King Institute of Preventive Medicine Micro-Biological Section reports 1909-11
Year: 1909
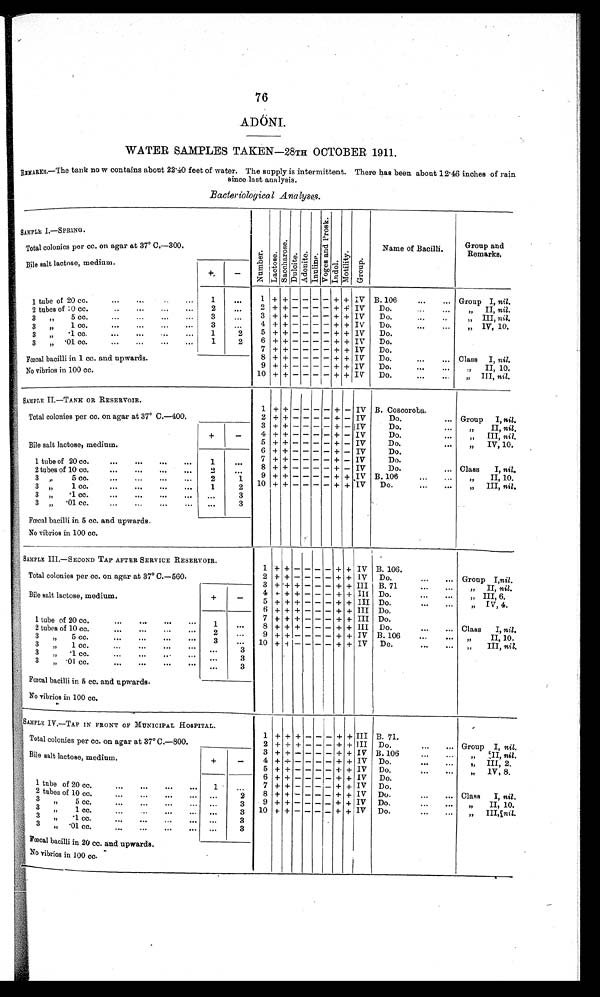
76
ADONI.
WATER SAMPLES TAKEN—28TH OCTOBER 1911.
R E MA R K S . —T h e t a n k n o w c o n t a i n s a b o u t 2 2 . 4 0 f e e t o f w a t e r . T h e s u p p l y i s i n t e r mi t t e n t . T h e r e h a s b e e n a b o u t 1 2 . 4 6 i n c h e s o f r a i n
since last analysis.
Bacteriological Analyses.
SAMPLE I.—SPRING.
N u m b e r .
L a c t o s e .
S a c c h a r o s e .
D u l c i t e .
A d o n i t e .
I n u l i n e .
V o g e s a n d P r o s k .
I n d o l .
M o t i l i t y .
G r o u p .
Name of Bacilli.
Group and
Remarks.
Total colonies per cc. on agar at 37° C.—300.
Bile salt lactose, medium.
+
-
1 tube of 20 cc. . . .
1
. . .
1 + +
- - - - + + IV B. 106 . . . Group I, nil.
2 + +
- - - - + + IV Do. . . .
" I I ,n i l .
2
2 tubes of 10 cc. . . .
. . .
3 +
+ - - - - + + IV Do. . . .
" III, nil.
3
3 " 5 c c . . . .
3
. . .
4
+ + - - - - + + IV Do. . . .
" I V , 1 0 .
3 " 1 c c
. . . .
1
5
+ +
- - - - + + IV Do.
2
3 " . 1 c c ..
. .
6 + +
- - - - + + IV
Do.
1 2
3 " . 0 1 c c . . . .
7
+ + - - - - + +
I V Do.
Fœcal bacilli in1 cc . and upwards.
8 + +
- - - - + + IV Do. . . .
Class I, nil.
9 + + - - - - + + I V Do. . . .
" I I , 1 0 .
No vibrios in 100 cc.
10 + +
- - - - + + IV
D o . . . .
" III, nil.
SAMPLE II.—TANK OR RESERVOIR.
1 + + - - - - + - IV B. Coscoroba.
Total colonies per cc . on agar at 37° C.—400.
2
+ +
- - - - +
- IV
Do. . . .
Group
I, n i l .
3
Bile salt lactose, medium.
+
-
+ +
- - - - + - IV
Do. . . .
" I I ,
n i l ,
4 + +
- - - - + - IV
Do. . . .
" I I I ,n
i l .
5
+ + - - - - + - IV
Do. . . .
" IV, 10.
6
+ + - - - - + - IV
Do.
7
+ + - - - - + - IV
Do.
. . .
1 t u b e o f 2 0 c c . . . .
1
8 + +
- - - - + - IV
Do. . . .
Class I
, nil.
2 tubes of 10 cc. . . .
2
. . .
9
+ + - - - - + - IV B. 106 . . .
" I I , 1 0 .
2
1
3 " 5 c c . . . .
10 + + - - - - + + IV
Do. . . .
" II, nil .
2
3 " 1 c c . . . .
1
3 " . 1 c c . . . .
. . .
3
3
3 " .01 cc. . . .
. . .
Fœcal bacilli in 5 cc , and upwards.
No vibrios in 100 cc.
SAMPLE III.—SECOND TAP AFTER SERVICE RESERVOIR.
1
+ + - - - - + + IV B. 106.
Total colonies per cc . on agar at 37° C.-560.
2
+ + - - - - + + IV Do. . . .
Group I,n i l
.
3 + + + - - - + +
I I I B. 71 . . .
" II, nil.
Bile salt lactose, medium.
+
-
4 +-
+ + - - - + +
I I I Do. . . .
" III, 6.
5 + +
+ - - - + + III Do. . . .
" IV, 4.
1 t u b e o f 2 0 c c . . . .
1
. . .
6 + +
+ - - - + + III Do.
7
+ + + - - - + +
I I I Do.
8 + +
+ - - - + + III Do. . . .
Class I, nil.
2 t u b e s o f 1 0 c c . . . .
2
. . .
9 + +
- - - - + + IV B. 106
" I I , 1 0 .
3 " 5 c c . . . .
3
. . .
10
+ + - - - - + + IV
Do. . . .
" III, nil.
3 " 1 cc. . . .
. . .
3
3 " .1 cc. . . .
. . .
3
3 " .
01 cc. . . .
. . .
3
Fœcal bacilli in 5 cc. and upwards.
No v i b r i o s i n 1 0 0 c c .
SAMPLE IV.—TAP IN FRONT OF MUNICIPAL HOSPITAL.
1
+
+
+
- -
-
+
+
I I I B. 71.
Total colonies per cc. on agar at 37° C.—800.
2 + + +
- - - + +
I I I Do. . . .
G r o u p I ,n
i l .
3 + +
- - - - + + IV B. 106 . . .
" II, nil.
Bile salt lactose, medium
.
+
-
4 + + - - - - + + IV Do . . . .
" III, 2.
5 + +
- - - - + +
I V Do. . . .
" IV, 8.
6 + + - - - - + +
I V
D o .
1 tube of 20 cc. . . .
1
. . .
7 + + - - - -
+ + I V
:
D o .
8 + + - - - - + +
I V
D o . . . .
Class I,
nil.
2 tubes of 10 cc. . . .
. . .
2
9
+ + - - - - + + IV D o . . . .
" I I , 1 0 .
3 " 5 C C . . . .
. . .
3
1 0 + +
- - - - + + IV
Do. . . .
" III, nil.
3 " 1 C C . . . .
. . .
3
3 " . 1 C C . . . .
. . .
3
3 " .01 CC. . . .
. . .
3
Fœcal bacilli in 20 cc. and upwards
.
No vibrios in 100 cc.